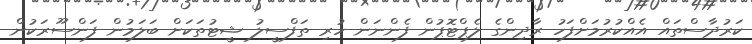
ކަރުދާސްތައް އެއްކުރުމަށްފަހު ރާދިންގެ ލެޕްޓޮޕުން ފެންނަން ހުރި ތަފްސީލު ޝީޓުތަކަށް ބަލަމުން ފަންސޫރަކުން